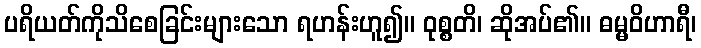
ပရိယတ်ကိုသိစေခြင်းများသော ရဟန်းဟူ၍။ ဝုစ္စတိ၊ ဆိုအပ်၏။ ဓမ္မဝိဟာရီ၊